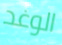
الوغد